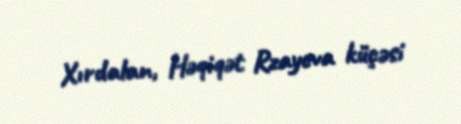
Xırdalan, Həqiqət Rzayeva küçəsi